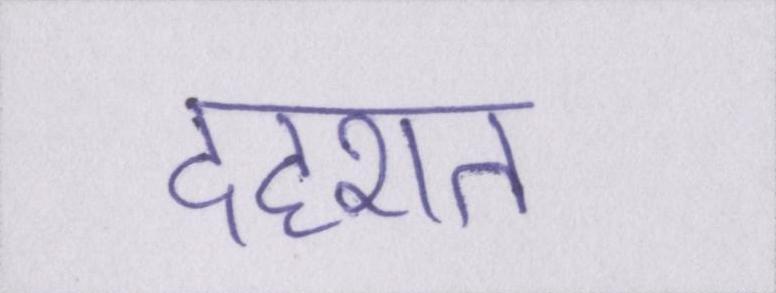
दहशत